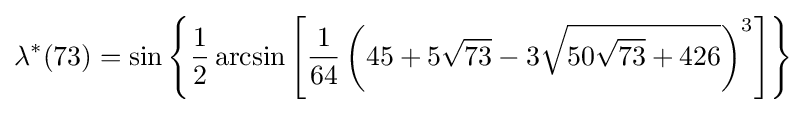
\lambda ^{*}(73)=\sin \left\{{\frac {1}{2}}\arcsin \left[{\frac {1}{64}}\left(45+5{\sqrt {73}}-3{\sqrt {50{\sqrt {73}}+426}}\right)^{3}\right]\right\}